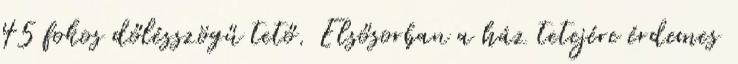
45 fokos dőlésszögű tető. Elsősorban a ház tetejére érdemes